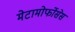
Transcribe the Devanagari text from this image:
मेटामोर्फोसेस